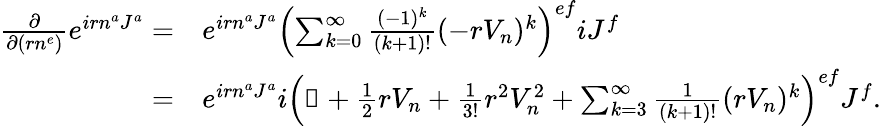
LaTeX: \begin{array}{rl}{\frac{\partial}{\partial(rn^{e})}e^{irn^{a}J^{a}}=}&{e^{irn^{a}J^{a}}\left(\sum_{k=0}^{\infty}\frac{(-1)^{k}}{(k+1)!}(-rV_{n})^{k}\right)^{ef}iJ^{f}}\\ {=}&{e^{irn^{a}J^{a}}i\left(\mathbb{1}+\frac{1}{2}rV_{n}+\frac{1}{3!}r^{2}V_{n}^{2}+\sum_{k=3}^{\infty}\frac{1}{(k+1)!}(rV_{n})^{k}\right)^{ef}J^{f}.}\end{array}